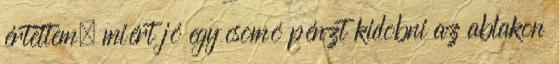
értettem, miért jó egy csomó pénzt kidobni az ablakon